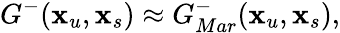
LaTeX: G^{-}(\textbf{x}_{u},\textbf{x}_{s})\approx G_{Mar}^{-}(\textbf{x}_{u},\textbf{x}_{s}),